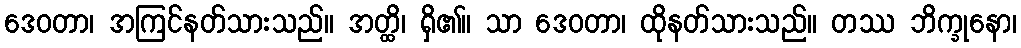
ဒေဝတာ၊ အကြင်နတ်သားသည်။ အတ္ထိ၊ ရှိ၏။ သာ ဒေဝတာ၊ ထိုနတ်သားသည်။ တဿ ဘိက္ခုနော၊